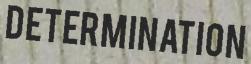
DETERMINATION